Necessitous school children, 1924
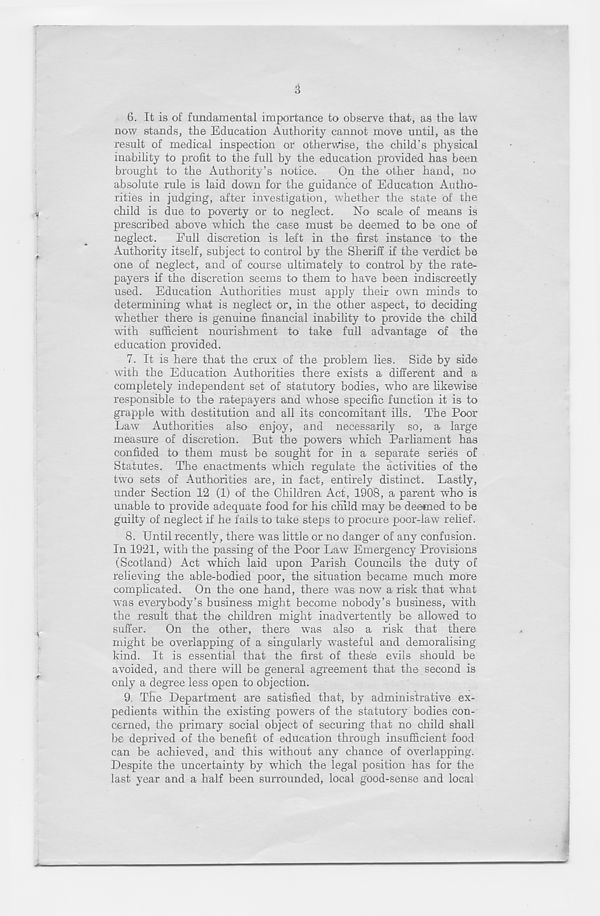
3
6. It is of fundamental importance to observe that, as the law
now stands, the Education Authority cannot move until, as the
result of medical inspection or otherwise, the child’s physical
inability to profit to the full by the education provided has been
brought to the Authority’s notice.
On the other hand, no
absolute rule is laid down for the guidance of Education Autho-
rities in judging, after investigation, whether the state of the
child is due to poverty or to neglect. No scale of means is
prescribed above which the case must be deemed to be one of
neglect. Full discretion is left in the first instance to the
Authority itself, subject to control by the Sheriff if the verdict be
one of neglect, and of course ultimately to control by the rate-
payers if the discretion seems to them to have been indiscreetly
used. Education Authorities must apply their own minds to
determining what is neglect or, in the other aspect, to deciding
whether there is genuine financial inability to provide the child
with sufficient nourishment to take full advantage of the
education provided.
7. It is here that the crux of the problem lies. Side by side
with the Education Authorities there exists a different and a
completely independent set of statutory bodies, who are likewise
responsible to the ratepayers and whose specific function it is to
grapple with destitution and all its concomitant ills. The Poor
Law Authorities also enjoy, and necessarily so, a large
measure of discretion. But the powers which Parliament has
confided to them must be sought for in a separate series of
Statutes. The enactments which regulate the activities of the
two sets of Authorities are, in fact, entirely distinct. Lastly,
under Section 12 (1) of the Children Act, 1908, a parent who is
unable to provide adequate food for his child may be deemed to be
guilty of neglect if he fails to take steps to procure poor-law relief.
8. Until recently, there was little or no danger of any confusion.
In 1921, with the passing of the Poor Law T Emergency Provisions
(Scotland) Act which laid upon Parish Councils the duty of
relieving the able-bodied poor, the situation became much more
complicated. On the one hand, there was now a risk that what
was everybody’s business might become nobody’s business, with
the result that the children might inadvertently be allowed to
suffer.
On the other, there was also a risk that there
might be overlapping of a singularly wasteful and demoralising
kind. It is essential that the first of thes'e evils should be
avoided, and there will be general agreement that the second is
only a degree less open to objection.
9. The Department are satisfied that, by administrative ex-
pedients within the existing powers of the statutory bodies con-
cerned, the primary social object of securing that no child shall
be deprived of the benefit of education through insufficient food
can be achieved, and this without any chance of overlapping.
Despite the uncertainty by which the legal position has for the
last year and a half been surrounded, local good-sense and local